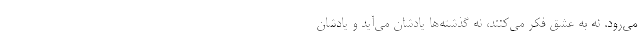
می‌رود. نه به عشق فکر می‌کنند، نه گذشته‌ها یادشان می‌آید و یادشان